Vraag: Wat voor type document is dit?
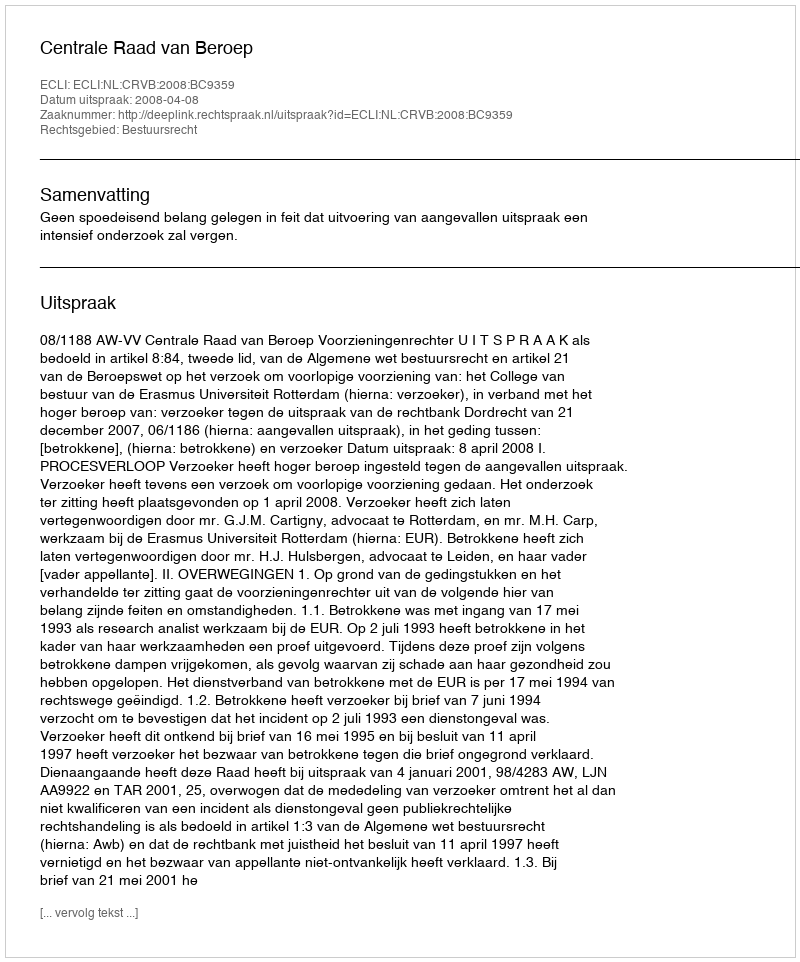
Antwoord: Uitspraak